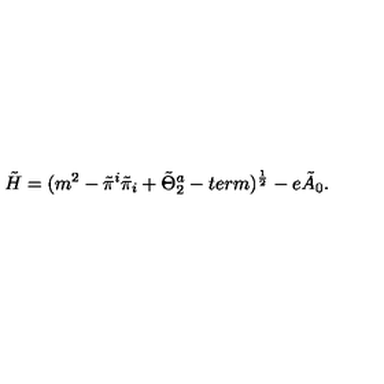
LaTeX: \tilde { H } = ( m ^ { 2 } - \tilde { \pi } ^ { i } \tilde { \pi } _ { i } + \tilde { \Theta } _ { 2 } ^ { a } - t e r m ) ^ { { \frac { 1 } { 2 } } } - e \tilde { A } _ { 0 } .